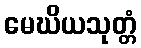
မေဃိယသုတ္တံ